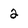
Character: 2